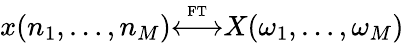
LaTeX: x(n_{1},\ldots,n_{M}){\overset{\underset{\mathrm{FT}}{}}{\longleftrightarrow}}X(\omega_{1},\ldots,\omega_{M})